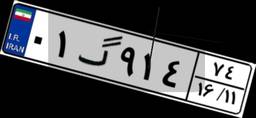
۳۰گ۲۷۹۰۸